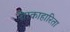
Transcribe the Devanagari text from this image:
शाकाहारिता